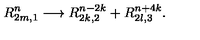
R _ { 2 m , 1 } ^ { n } \longrightarrow R _ { 2 k , 2 } ^ { n - 2 k } + R _ { 2 l , 3 } ^ { n + 4 k } .